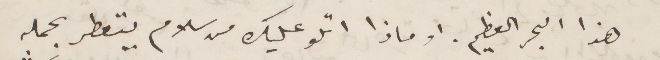
هذا البحر العظيم. او ماذا اتلو عليك من سلام يتعطر بحمله